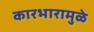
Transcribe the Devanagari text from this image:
कारभारामुळे